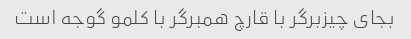
بجای چیزبرگر با قارچ همبرگر با کلمو گوجه است